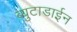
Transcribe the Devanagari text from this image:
ब्युटाडाईन